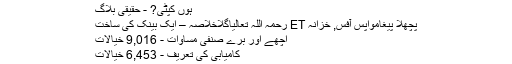
ہوں کپٹی? - حقیقی بلاگ
پچھلا پیغامواپس آفس, خزانہ ET رحمہ اللہ تعالیاگلاخلاصہ – ایک بینک کی ساخت
اچھے اور برے صنفی مساوات - 9,016 خیالات
کامیابی کی تعریف - 6,453 خیالات